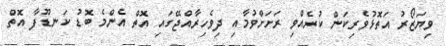
ވިޔަޒޯރު އަތޮޅުވެރިކަން ކުރެއްވި ރަށަށްވުމާއި ދިވެހިރާއްޖޭގައި އޮތް އެންމެ ބޮޑު ކަނޑޫފާ އޮތް